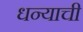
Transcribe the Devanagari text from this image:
धन्याची